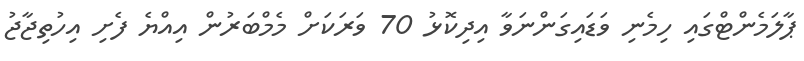
ޕާލަމެންޓްގައި ހިމެނި ވަޑައިގަންނަވާ އިދިކޮޅު 70 ވަރަކަށް މެމްބަރުން އިއްޔެ ފެށި އިހުތިޖާޖު